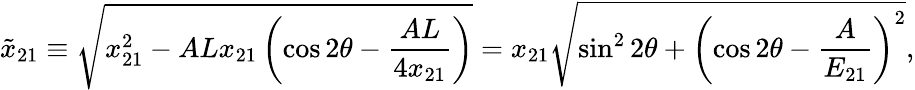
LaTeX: \tilde{x}_{21}\equiv\sqrt{x_{21}^{2}-ALx_{21}\left(\cos 2\theta-\frac{AL}{4x_{21}}\right)}=x_{21}\sqrt{\sin^{2}2\theta+\left(\cos 2\theta-\frac{A}{E_{21}}\right)^{2}},